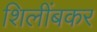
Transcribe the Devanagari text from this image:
शिलींबकर